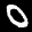
Label: 0